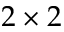
2 \times 2